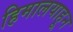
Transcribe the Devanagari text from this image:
हिमालयाहून